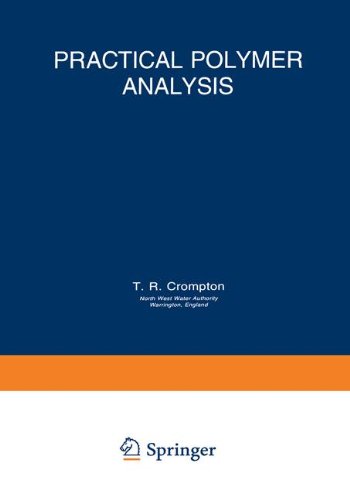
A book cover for Practical Polymer Analysis; T.R. Crompton; Science & Math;